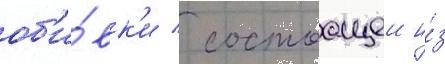
об'и́вк'и / состоащеи и́з